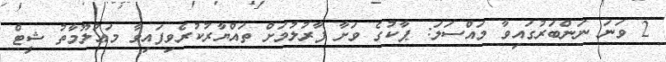
2 ވަނަ ނަންބަރުގައިވާ މައްސަލަ: ޕާކުގެ ވަށާ ފާރުލުމަށް ތައްޔާރުކުރެވިފައިވާ މަޢުލޫމާތު ޝީޓް